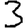
Digit: 3